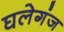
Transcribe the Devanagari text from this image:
घलेगंज